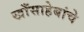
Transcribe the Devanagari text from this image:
खाँसाहेबांचे